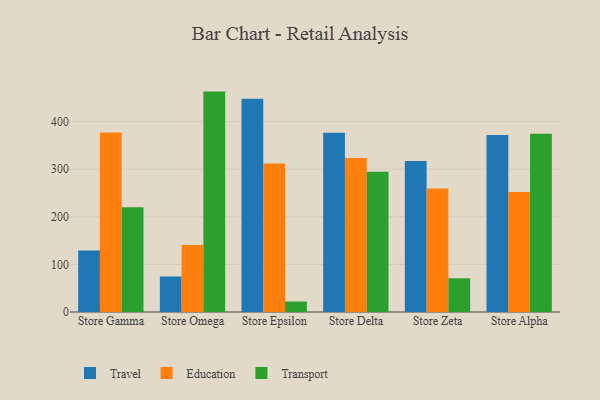
{"axis": {"x": "Store", "y": "Temperature (°C)"}, "legend": ["Education", "Transport", "Travel"], "data": [{"x": "Store Gamma", "y": 129.0, "type": "Travel"}, {"x": "Store Gamma", "y": 377.2, "type": "Education"}, {"x": "Store Gamma", "y": 219.8, "type": "Transport"}, {"x": "Store Omega", "y": 74.6, "type": "Travel"}, {"x": "Store Omega", "y": 140.6, "type": "Education"}, {"x": "Store Omega", "y": 463.0, "type": "Transport"}, {"x": "Store Epsilon", "y": 448.2, "type": "Travel"}, {"x": "Store Epsilon", "y": 312.2, "type": "Education"}, {"x": "Store Epsilon", "y": 22.0, "type": "Transport"}, {"x": "Store Delta", "y": 376.6, "type": "Travel"}, {"x": "Store Delta", "y": 323.7, "type": "Education"}, {"x": "Store Delta", "y": 294.8, "type": "Transport"}, {"x": "Store Zeta", "y": 317.1, "type": "Travel"}, {"x": "Store Zeta", "y": 259.7, "type": "Education"}, {"x": "Store Zeta", "y": 70.8, "type": "Transport"}, {"x": "Store Alpha", "y": 371.9, "type": "Travel"}, {"x": "Store Alpha", "y": 252.0, "type": "Education"}, {"x": "Store Alpha", "y": 374.7, "type": "Transport"}]}